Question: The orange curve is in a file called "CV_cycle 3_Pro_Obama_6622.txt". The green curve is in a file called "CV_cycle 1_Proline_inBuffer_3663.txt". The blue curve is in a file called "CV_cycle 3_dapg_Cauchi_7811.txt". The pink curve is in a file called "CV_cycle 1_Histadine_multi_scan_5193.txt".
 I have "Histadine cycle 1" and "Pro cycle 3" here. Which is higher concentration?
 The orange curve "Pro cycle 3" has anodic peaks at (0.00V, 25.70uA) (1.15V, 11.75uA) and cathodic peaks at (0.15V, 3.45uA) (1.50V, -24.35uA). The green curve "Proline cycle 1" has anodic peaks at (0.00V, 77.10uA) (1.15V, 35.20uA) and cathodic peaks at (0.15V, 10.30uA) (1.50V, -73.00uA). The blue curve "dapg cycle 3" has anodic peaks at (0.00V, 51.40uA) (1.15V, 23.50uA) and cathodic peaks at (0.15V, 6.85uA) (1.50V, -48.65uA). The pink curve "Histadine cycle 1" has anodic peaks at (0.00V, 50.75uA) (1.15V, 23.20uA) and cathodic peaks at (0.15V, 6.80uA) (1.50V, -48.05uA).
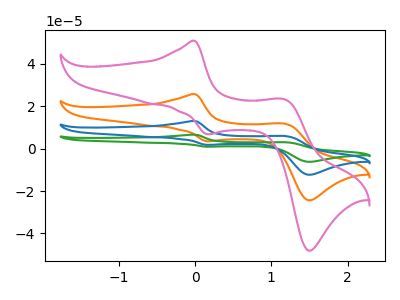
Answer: <think>All the peaks in "Histadine cycle 1" have a peak in "Pro cycle 3" at the same potential.
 </think>
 <answer>I cant tell if "Histadine cycle 1" or "Pro cycle 3" has higher concentration.</answer>
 <eval>mixed_concentration</eval>